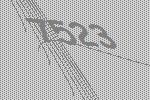
7523